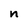
Character: n